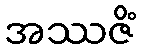
အဿဇိံ